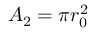
A _ { 2 } = \pi r _ { 0 } ^ { 2 }